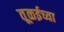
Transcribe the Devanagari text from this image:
तूळईच्या